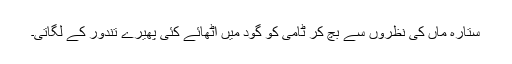
ستارہ ماں کی نظروں سے بچ کر ٹامی کو گود میں اُٹھائے کئی پھیرے تندور کے لگاتی۔